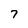
Character: 7